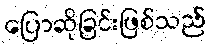
ပြောဆိုခြင်းဖြစ်သည်